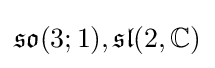
{\mathfrak {so}}(3;1),{\mathfrak {sl}}(2,\mathbb {C} )